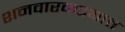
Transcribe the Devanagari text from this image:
शनवारवाड्यात